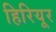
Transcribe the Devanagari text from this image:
हिरियूर